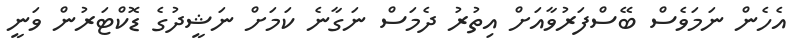
އެހެން ނަމަވެސް ބޭސްފަރުވާއަށް އިތުރު ދެމަސް ނަގާނެ ކަމަށް ނަޝީދުގެ ޑޮކްޓަރުން ވަނީ